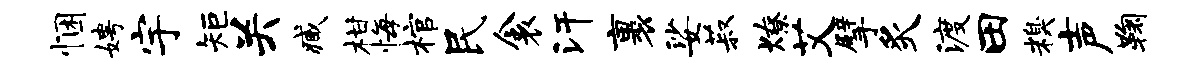
悃娉宇矩关臧柑悔棺民衾汗裹娑菽燎艾擘炙渡田糗声鞠